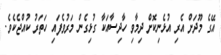
އޭގެ މޫދަށް އެރި އުޅެނިކޮށް ދިމާވި ހާދިސާއަކާ ގުޅިގެން މަރުވެފައި ހަތަރު ކުއްޖެކެވެ.